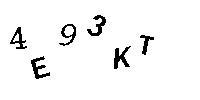
4E93KT